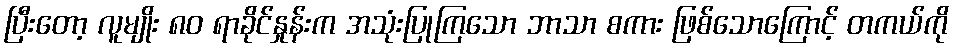
ပြီးတော့ လူမျိုး ၈၀ ရာခိုင်နှုန်းက အသုံးပြုကြသော ဘာသာ စကား ဖြစ်သောကြောင့် တကယ်ကို